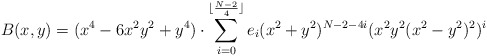
\begin{align*}B(x,y)=(x^4-6x^2y^2+y^4)\cdot \sum_{i=0}^{\lfloor \frac{N-2}{4}\rfloor} e_i(x^2+y^2)^{N-2-4i}(x^2y^2(x^2-y^2)^2)^i\end{align*}